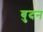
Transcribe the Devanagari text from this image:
बुदन